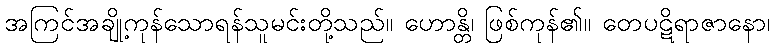
အကြင်အချို့ကုန်သောရန်သူမင်းတို့သည်။ ဟောန္တိ၊ ဖြစ်ကုန်၏။ တေပဋိရာဇာနော၊